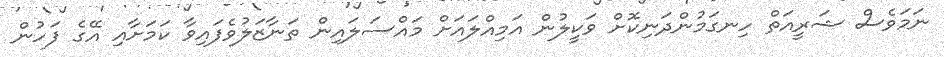
ނަމަވެސް ޝަރީއަތް ހިނގަމުންދަނިކޮށް ވަކީލުން އަމިއްލައަށް މައްސަލައިން ތަނާޒަލުވެފައިވާ ކަމަށާއި އޭގެ ފަހުން